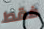
فقط